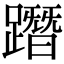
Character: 𨅔